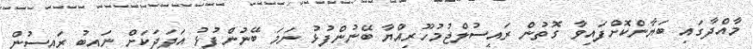
މާއްދާގައި ބަޔާންކޮށްފައިވާ ގޮތުން ރައީސުލްޖުމުހޫރިއްޔާ ބޭނުންފުޅު ނަމަ ބޭނުންފުޅު އަދަދަކަށް ނައިބު ރައީސުން